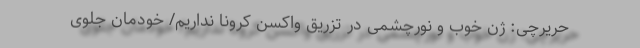
حریرچی: ژن خوب و نورچشمی در تزریق واکسن کرونا نداریم/ خودمان جلوی